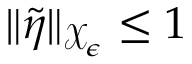
\| \tilde { \eta } \| _ { \mathcal { X } _ { \epsilon } } \le 1